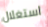
استغلال